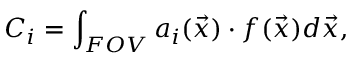
C _ { i } = \int _ { F O V } a _ { i } ( \vec { x } ) \cdot f ( \vec { x } ) d \vec { x } ,